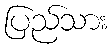
ပြည်သား